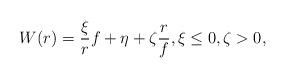
LaTeX: \begin{align*} W(r) = \frac{\xi}{r} f + \eta + \zeta \frac{r}{f}, \xi\le 0, \zeta>0,\end{align*}